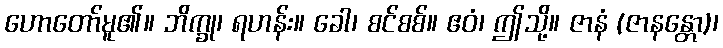
ဟောတော်မူ၏။ ဘိက္ခု၊ ရဟန်း။ ခေါ၊ စင်စစ်။ ဧဝံ၊ ဤသို့။ ဇာနံ (ဇာနန္တော)၊